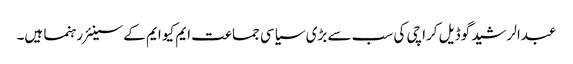
عبدالرشید گوڈیل کراچی کی سب سے بڑی سیاسی جماعت ایم کیو ایم کے سینئر رہنما ہیں۔